Lunatic asylums Punjab 1895-1910 - 1895-1910
Year: 1895
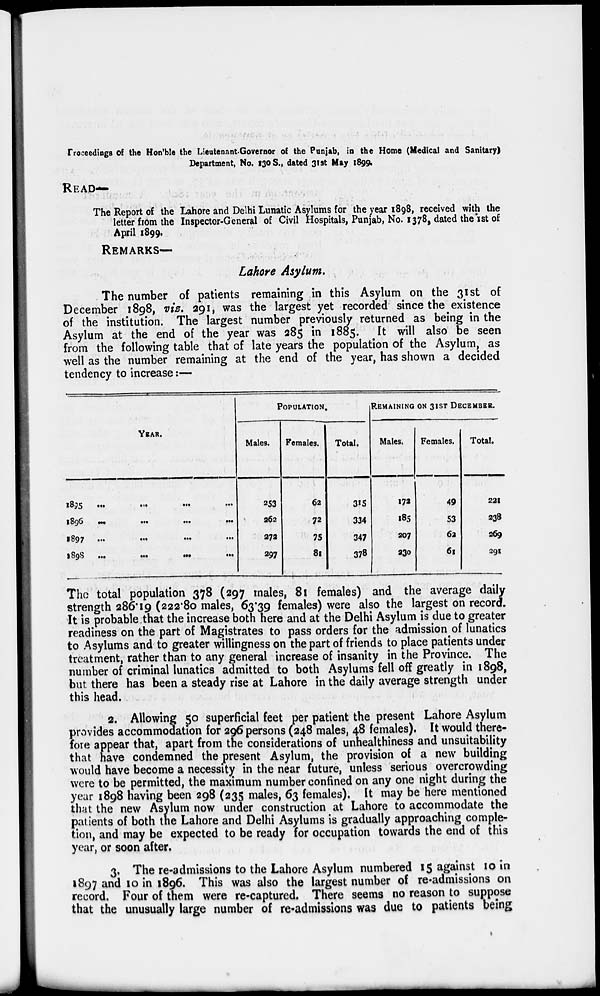
Proceedings of the Hon'ble the Lieutenant-Governor of the Punjab, in the Home (Medical and Sanitary)
Department, No. 130 S., dated 31st May 1899.
READ—
The Report of the Lahore and Delhi Lunatic Asylums for the year 1898, received with the
letter from the Inspector-General of Civil Hospitals, Punjab, No. 1378, dated the 1st of
April 1899.
REMARKS—
Lahore Asylum.
The number of patients remaining in this Asylum on the 31st of
December 1898, viz. 291, was the largest yet recorded since the existence
of the institution. The largest number previously returned as being in the
Asylum at the end of the year was 285 in 1885. It will also be seen
from the following table that of late years the population of the Asylum, as
well as the number remaining at the end of the year, has shown a decided
tendency to increase:—
YEAR.
1895
...
...
...
...
1896
...
...
...
...
1897
...
...
...
...
1898
...
...
...
...
POPULATION.
Males.
253
262
272
297
Females.
62
72
75
81
Total.
315
334
347
378
REMAINING ON 31ST DECEMBER.
Males.
172
185
207
230
Females.
49
53
62
61
Total.
221
238
269
291
The total population 378 (297 males, 81 females) and the average daily
strength 286.19 (222.80 males, 63.39 females) were also the largest on record.
It is probable that the increase both here and at the Delhi Asylum is due to greater
readiness on the part of Magistrates to pass orders for the admission of lunatics
to Asylums and to greater willingness on the part of friends to place patients under
treatment, rather than to any general increase of insanity in the Province. The
number of criminal lunatics admitted to both Asylums fell off greatly in 1898,
but there has been a steady rise at Lahore in the daily average strength under
this head.
2. Allowing 50 superficial feet per patient the present Lahore Asylum
p rovides accommodation for 296 persons (248 males, 48 females). It would there-
fore appear that, apart from the considerations of unhealthiness and unsuitability
that have condemned the present Asylum, the provision of a new building
would have become a necessity in the near future, unless serious overcrowding
were to be permitted, the maximum number confined on any one night during the
year 1898 having been 298 (235 males, 63 females). It may be here mentioned
that the new Asylum now under construction at Lahore to accommodate the
patients of both the Lahore and Delhi Asylums is gradually approaching comple-
tion, and may be expected to be ready for occupation towards the end of this
year, or soon after.
3. The re-admissions to the Lahore Asylum numbered 15 against 10 in
1897 and 10 in 1896. This was also the largest number of re-admissions on
record. Four of them were re-captured. There seems no reason to suppose
that the unusually large number of re-admissions was due to patients being